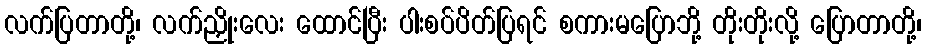
လက်ပြတာတို့၊ လက်ညှိုးလေး ထောင်ပြီး ပါးစပ်ပိတ်ပြရင် စကားမပြောဘို့ တိုးတိုးလို့ ပြောတာတို့၊